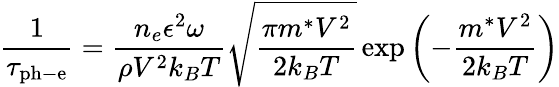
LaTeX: {\frac{1}{\tau_{\mathrm{ph-e}}}}={\frac{n_{e}\epsilon^{2}\omega}{\rho V^{2}k_{B}T}}{\sqrt{\frac{\pi m^{*}V^{2}}{2k_{B}T}}}\exp\left(-{\frac{m^{*}V^{2}}{2k_{B}T}}\right)